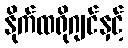
နိုက်ထရိုဂျင်နှင့်